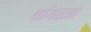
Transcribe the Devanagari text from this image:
पांगळ्या